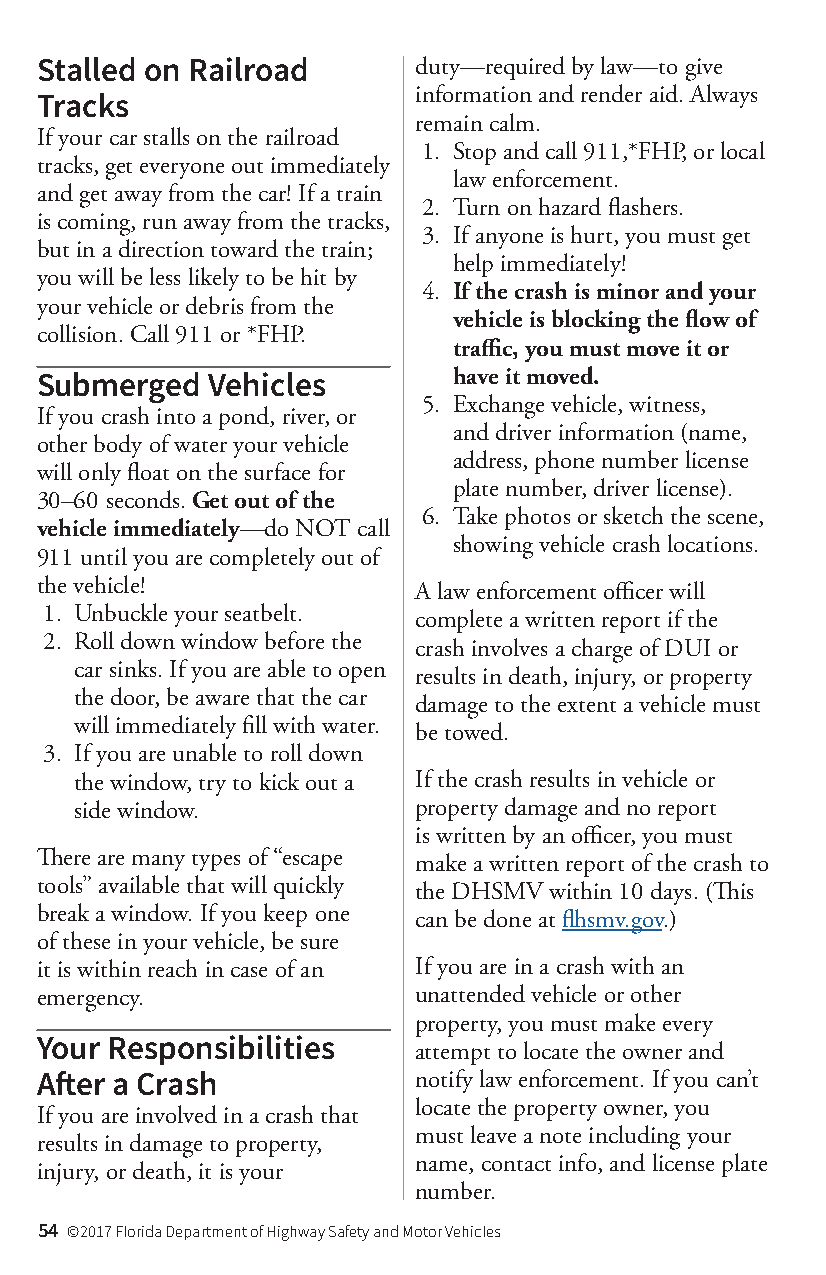
Stalled on Railroad      duty—required by law—to give
 information and render aid. Always
 Tracks
 remain calm.
 If your car stalls on the railroad
 1. Stop and call 911,*FHP, or local
 tracks, get everyone out immediately
 law enforcement.
 and get away from the car! If a train
 2. Turn on hazard flashers.
 is coming, run away from the tracks,
 3. If anyone is hurt, you must get
 but in a direction toward the train;
 help immediately!
 you will be less likely to be hit by
 4. If the crash is minor and your
 your vehicle or debris from the
 vehicle is blocking the flow of
 collision. Call 911 or *FHP.
 traffic, you must move it or
 have it moved.
 Submerged   Vehicles
 5. Exchange vehicle, witness,
 If you crash into a pond, river, or
 and driver information (name,
 other body of water your vehicle
 address, phone number license
 will only float on the surface for
 plate number, driver license).
 30–60 seconds. Get out of the
 6. Take photos or sketch the scene,
 vehicle immediately—do NOT call
 showing vehicle crash locations.
 911 until you are completely out of
 the vehicle!
 A law enforcement officer will
 1. Unbuckle your seatbelt.
 complete a written report if the
 2. Roll down window before the
 crash involves a charge of DUI or
 car sinks. If you are able to open
 results in death, injury, or property
 the door, be aware that the car
 damage to the extent a vehicle must
 will immediately fill with water.
 be towed.
 3. If you are unable to roll down
 the window, try to kick out a If the crash results in vehicle or
 side window.          property damage and no report
 is written by an officer, you must
 There are many types of “escape
 make a written report of the crash to
 tools” available that will quickly
 the DHSMV within 10 days. (This
 break a window. If you keep one
 can be done at flhsmv.gov.)
 of these in your vehicle, be sure
 it is within reach in case of an If you are in a crash with an
 emergency.               unattended vehicle or other
 property, you must make every
 Your Responsibilities    attempt to locate the owner and
 After a Crash            notify law enforcement. If you can’t
 locate the property owner, you
 If you are involved in a crash that
 must leave a note including your
 results in damage to property,
 name, contact info, and license plate
 injury, or death, it is your
 number.
 54 ©2017 Florida Department of Highway Safety and Motor Vehicles